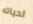
لحياته